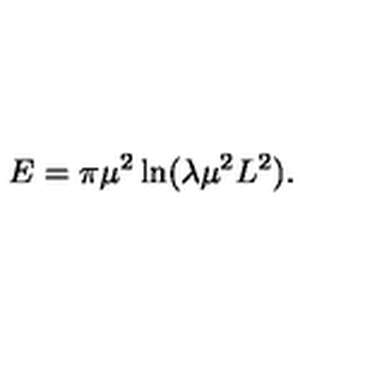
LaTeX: E = \pi \mu ^ { 2 } \ln ( \lambda \mu ^ { 2 } L ^ { 2 } ) .